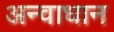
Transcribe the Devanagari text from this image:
अन्वाधान